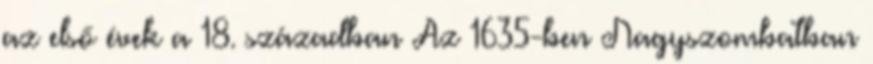
az első évek a 18. században Az 1635-ben Nagyszombatban